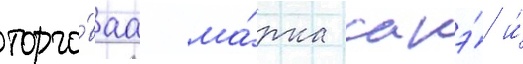
торго́ваа ма́рка сакэ́ и́